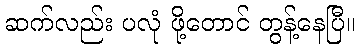
ဆက်လည်း ပလုံ ဖို့တောင် တွန့်နေပြီ။